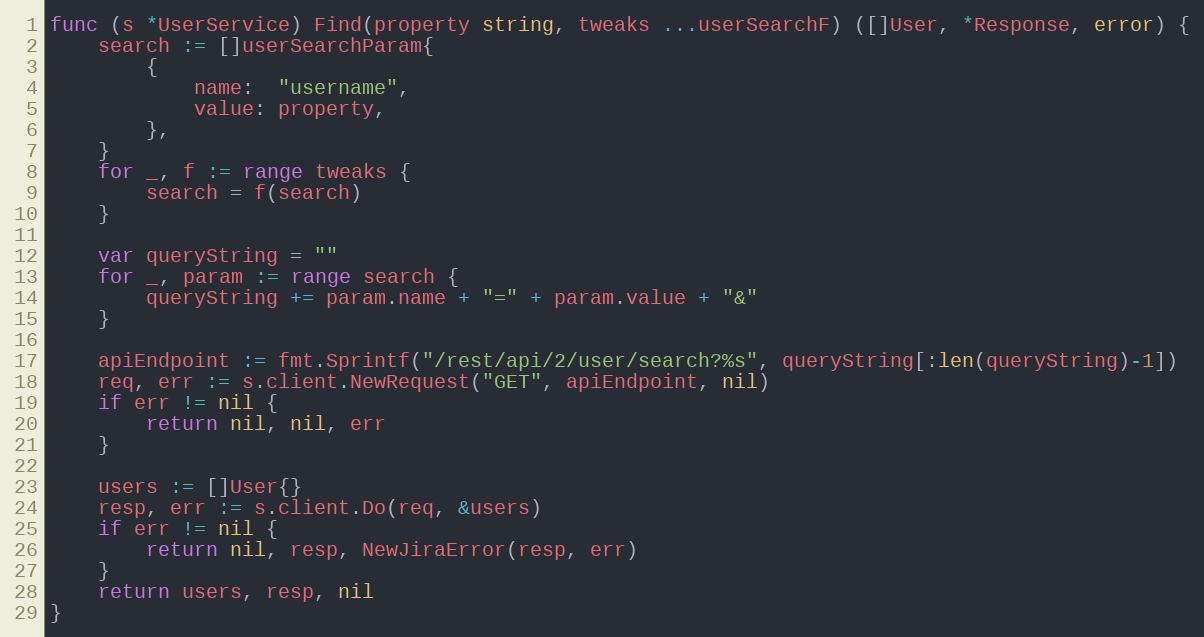
Language: Go
func (s *UserService) Find(property string, tweaks ...userSearchF) ([]User, *Response, error) {
	search := []userSearchParam{
		{
			name:  "username",
			value: property,
		},
	}
	for _, f := range tweaks {
		search = f(search)
	}

	var queryString = ""
	for _, param := range search {
		queryString += param.name + "=" + param.value + "&"
	}

	apiEndpoint := fmt.Sprintf("/rest/api/2/user/search?%s", queryString[:len(queryString)-1])
	req, err := s.client.NewRequest("GET", apiEndpoint, nil)
	if err != nil {
		return nil, nil, err
	}

	users := []User{}
	resp, err := s.client.Do(req, &users)
	if err != nil {
		return nil, resp, NewJiraError(resp, err)
	}
	return users, resp, nil
}